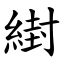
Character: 䋽